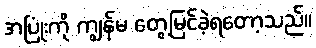
အပြုံးကို ကျွန်မ တွေ့မြင်ခဲ့ရတော့သည်။